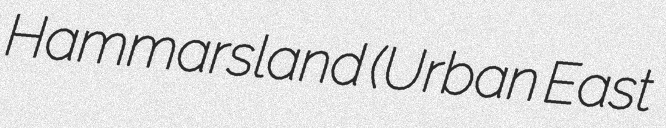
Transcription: Hammarsland (Urban East